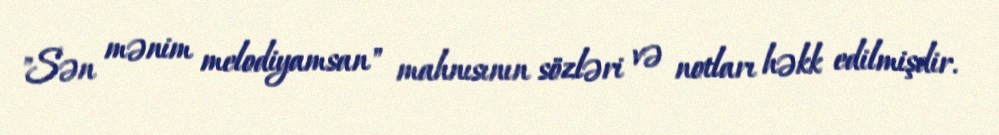
"Sən mənim melodiyamsan" mahnısının sözləri və notları həkk edilmişdir.